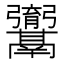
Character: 𮫚